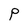
Character: P